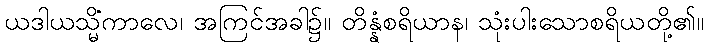
ယဒါယသ္မိံကာလေ၊ အကြင်အခါ၌။ တိန္နံစရိယာန၊ သုံးပါးသောစရိယတို့၏။